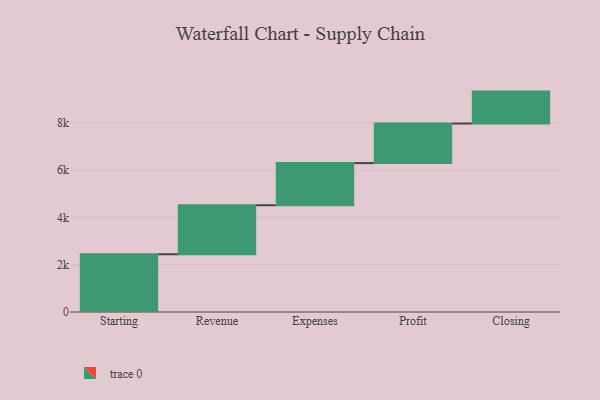
{"axis": {"x": "Step", "y": "Value"}, "legend": [""], "data": [{"x": "Starting", "y": 2443.0, "type": ""}, {"x": "Revenue", "y": 2074.0, "type": ""}, {"x": "Expenses", "y": 1783.0, "type": ""}, {"x": "Profit", "y": 1675.0, "type": ""}, {"x": "Closing", "y": 1351.0, "type": ""}]}